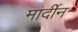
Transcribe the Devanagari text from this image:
मार्दीन